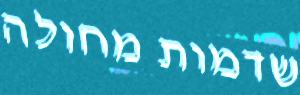
שדמות מחולה